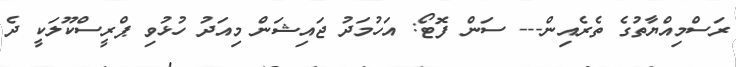
ރަސްމިއްޔާތުގެ ތެރެއިން--- ސަން ފޮޓޯ: އަހުމަދު ޖައިޝަން މިއަދު ހުޅުވި ޕްރީސްކޫލަކީ ދެ